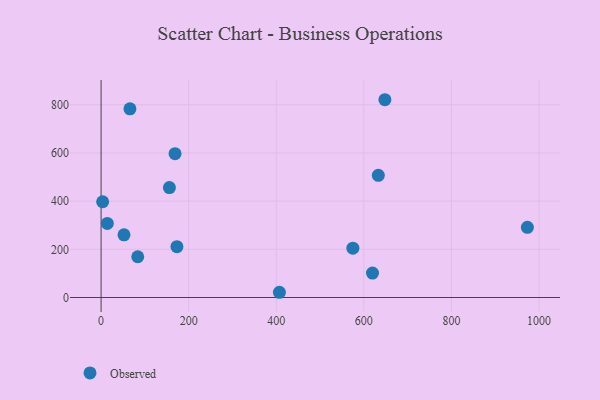
{"axis": {"x": "Distance", "y": "Profit"}, "legend": ["Observed"], "data": [{"x": "83.7", "y": 169.2, "type": "Observed"}, {"x": "52.3", "y": 260.1, "type": "Observed"}, {"x": "156.0", "y": 456.2, "type": "Observed"}, {"x": "65.9", "y": 782.9, "type": "Observed"}, {"x": "973.5", "y": 291.4, "type": "Observed"}, {"x": "14.2", "y": 307.3, "type": "Observed"}, {"x": "3.5", "y": 397.3, "type": "Observed"}, {"x": "619.8", "y": 101.4, "type": "Observed"}, {"x": "648.1", "y": 820.8, "type": "Observed"}, {"x": "168.9", "y": 596.7, "type": "Observed"}, {"x": "407.2", "y": 21.7, "type": "Observed"}, {"x": "575.0", "y": 204.6, "type": "Observed"}, {"x": "173.2", "y": 211.0, "type": "Observed"}, {"x": "633.1", "y": 507.2, "type": "Observed"}]}